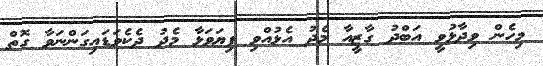
މިހެން ވިދާޅުވީ އަބްދު ގާޒީއާ މެދު އެޅުއްވި ފިޔަވަޅާ މެދު ދެކެވަޑައިގަންނަވާ ގޮތް